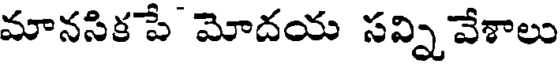
మానసికపే మోదయ సవ్ని వేశాలు